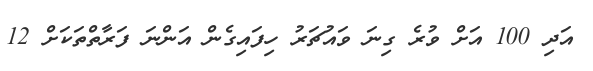
އަދި 100 އަށް ވުރެ ގިނަ ވައުޗަރު ހިފައިގެން އަންނަ ފަރާތްތަކަށް 12